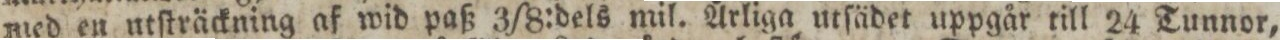
med en utſträckning af wid paß 3/8:dels mil. Årliga utſädet uppgår till 24 Tunnor,